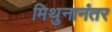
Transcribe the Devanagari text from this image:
मिथुनानंतर